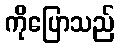
ကိုပြောသည်